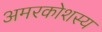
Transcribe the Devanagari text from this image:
अमरकोशस्य